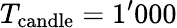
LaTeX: T_{\mathrm{candle}}=1^{\prime}000